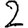
Digit: 2